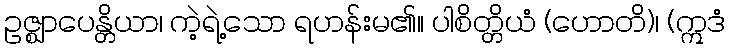
ဥဇ္ဈာပေန္တိယာ၊ ကဲ့ရဲ့သော ရဟန်းမ၏။ ပါစိတ္တိယံ (ဟောတိ)၊ (ဣဒံ